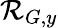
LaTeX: \mathcal{R}_{G,y}